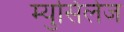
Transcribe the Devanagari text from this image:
म्युसिलेज